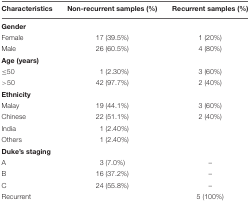
<table><thead><tr><td><b>Characteristics</b></td><td><b>Non-recurrent samples (%)</b></td><td><b>Recurrent samples (%)</b></td></tr></thead><tbody><tr><td><b>Gender</b></td><td></td><td></td></tr><tr><td>Female</td><td>17 (39.5%)</td><td>1 (20%)</td></tr><tr><td>Male</td><td>26 (60.5%)</td><td>4 (80%)</td></tr><tr><td><b>Age (years)</b></td><td></td><td></td></tr><tr><td>≤50</td><td>1 (2.30%)</td><td>3 (60%)</td></tr><tr><td>&gt;50</td><td>42 (97.7%)</td><td>2 (40%)</td></tr><tr><td><b>Ethnicity</b></td><td></td><td></td></tr><tr><td>Malay</td><td>19 (44.1%)</td><td>3 (60%)</td></tr><tr><td>Chinese</td><td>22 (51.1%)</td><td>2 (40%)</td></tr><tr><td>India</td><td>1 (2.40%)</td><td></td></tr><tr><td>Others</td><td>1 (2.40%)</td><td></td></tr><tr><td><b>Duke’s staging</b></td><td></td><td></td></tr><tr><td>A</td><td>3 (7.0%)</td><td>–</td></tr><tr><td>B</td><td>16 (37.2%)</td><td>–</td></tr><tr><td>C</td><td>24 (55.8%)</td><td>–</td></tr><tr><td>Recurrent</td><td></td><td>5 (100%)</td></tr></tbody></table>